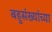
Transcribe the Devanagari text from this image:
बहुसंख्यांच्या